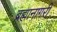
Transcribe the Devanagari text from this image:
ब्रह्मानागरी